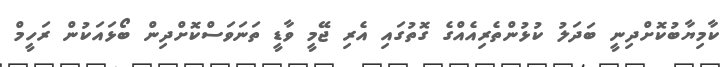
ކާމިޔާބުކޮށްދިނީ ބަދަލު ކުޅުންތެރިއެއްގެ ގޮތުގައި އެރި ޖޭމީ ވާޑީ ތަނަވަސްކޮށްދިން ބޯޅައަކުން ރަހީމް